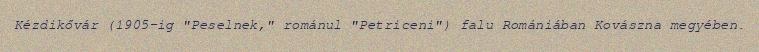
Kézdikővár (1905-ig "Peselnek," románul "Petriceni") falu Romániában Kovászna megyében.